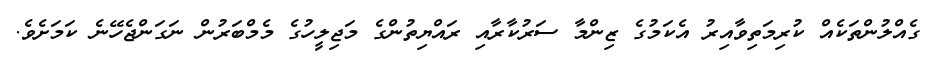
ގެއްލުންތަކެއް ކުރިމަތިވާއިރު އެކަމުގެ ޒިންމާ ސަރުކާރާއި ރައްޔިތުންގެ މަޖިލީހުގެ މެމްބަރުން ނަގަންޖެހޭނެ ކަމަށެވެ.